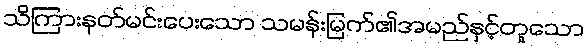
သိကြားနတ်မင်းပေးသော သမန်းမြက်၏အမည်နှင့်တူသော